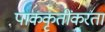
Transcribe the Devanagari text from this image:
पाककृतींकरता